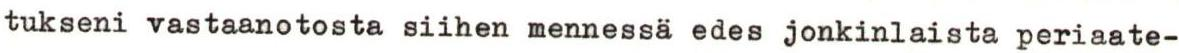
tukseni vastaanotosta siihen mennessä edes jonkinlaista periaate-